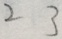
2 3